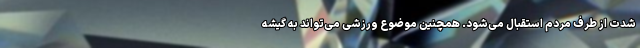
شدت از طرف مردم استقبال می‌شود. همچنین موضوع ورزشی می‌تواند به گیشه